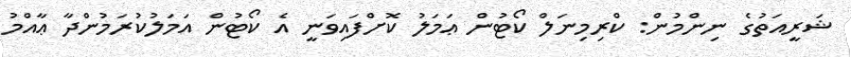
ޝަރީއަތުގެ ނިންމުން: ކްރިމިނަލް ކޯޓުން ޢަމަލު ކޮށްފައިވަނީ އެ ކޯޓުން އަމަލުކުރަމުންދާ ޢާއްމު